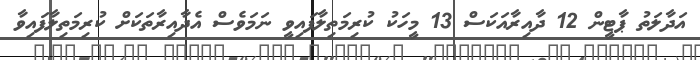
އަދާލަތު ޕާޓީން 12 ދާއިރާއަކަސް 13 މީހަކު ކުރިމަތިލާފައިވީ ނަމަވެސް އެދާއިރާތަކަށް ކުރިމަތިލާފައިވާ